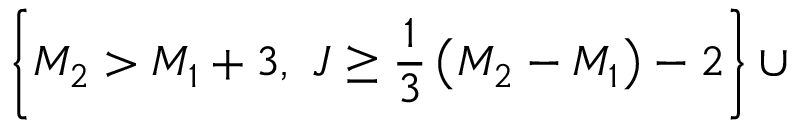
\left\{ M _ { 2 } > M _ { 1 } + 3 , ~ J \ge { \frac { 1 } { 3 } } \left( M _ { 2 } - M _ { 1 } \right) - 2 \right\} \cup